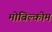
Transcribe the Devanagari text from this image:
मोबिल्कोम